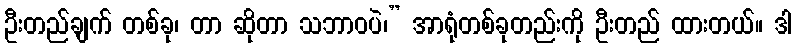
ဦးတည်ချက် တစ်ခု၊ တာ ဆိုတာ သဘာဝပဲ၊” အာရုံတစ်ခုတည်းကို ဦးတည် ထားတယ်။ ဒါ